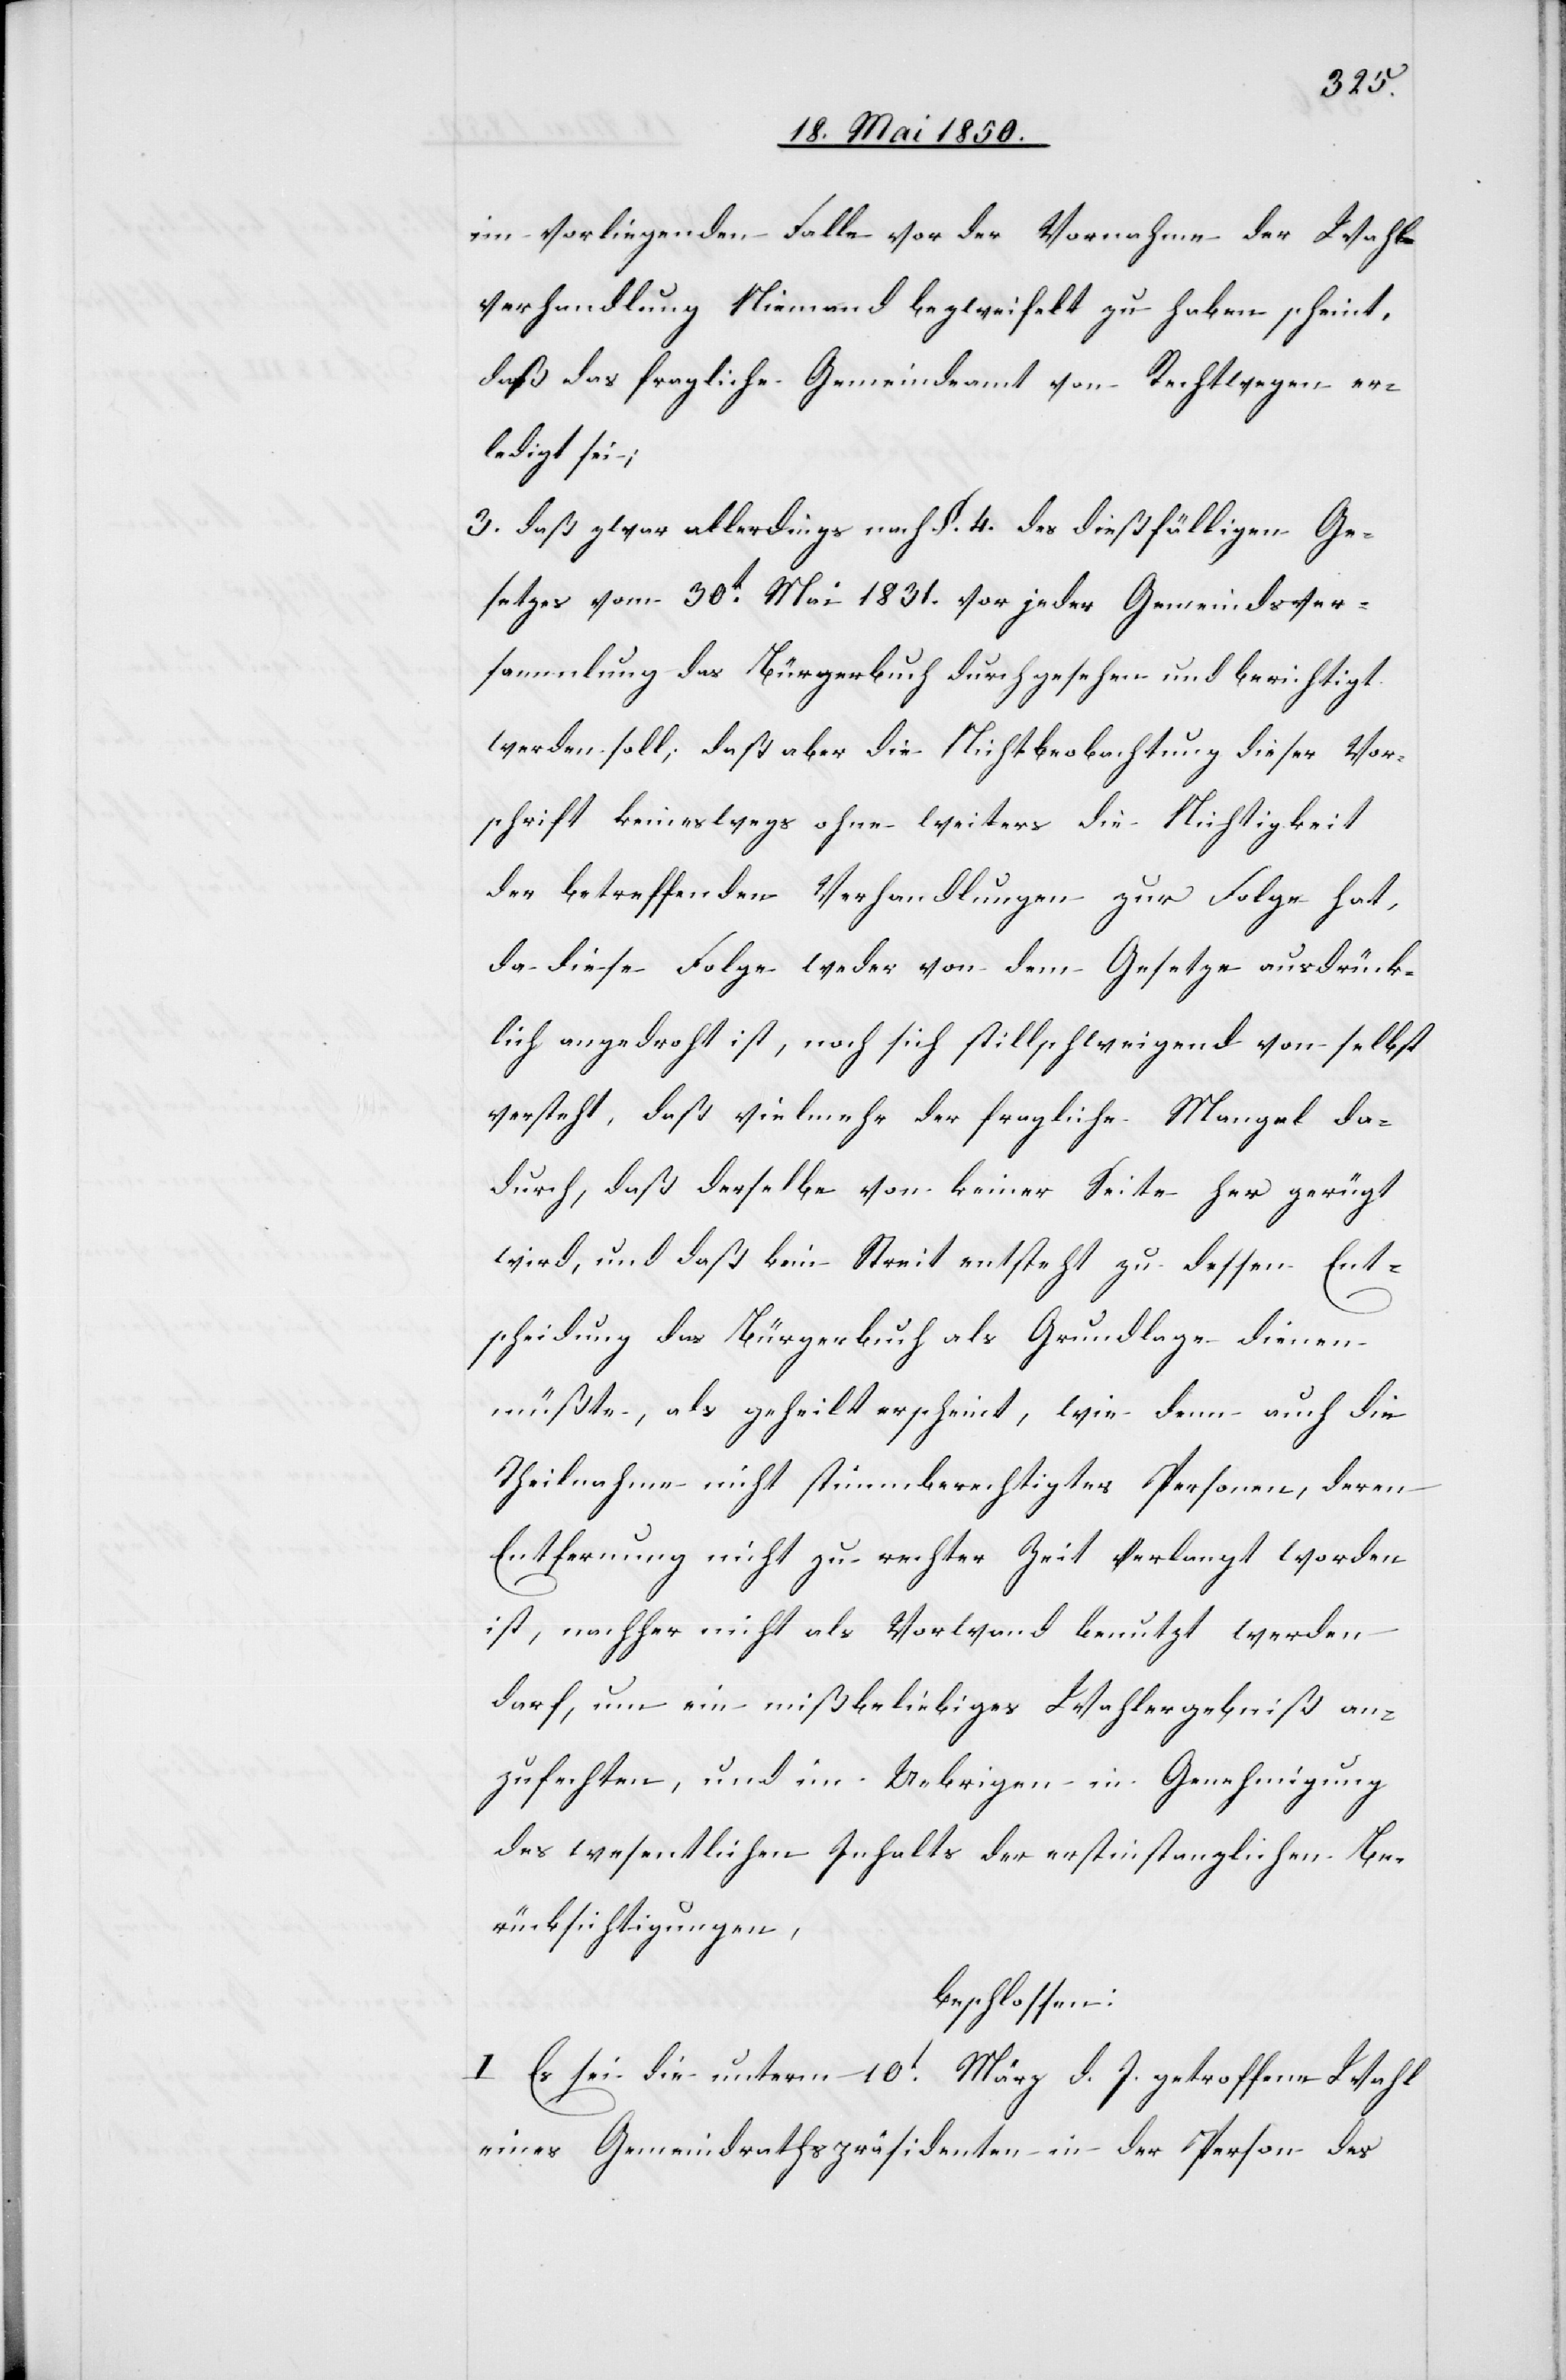
im vorliegenden Falle vor der Vornahme der Wahl¬
verhandlung Niemand bezweifelt zu haben scheint,
daß das fragliche Gemeindeamt von Rechtwegen er¬
ledigt sei;
3. daß zwar allerdings nach §. 4. des dießfälligen Ge¬
setzes vom 30t Mai 1831. vor jeder Gemeindsver¬
sammlung das Bürgerbuch durchgesehen und berichtigt
werden soll, daß aber die Nichtbeobachtung dieser Vor¬
schrift keineswegs ohne weiters die Nichtigkeit
der betreffenden Verhandlungen zur Folge hat,
da diese Folge weder von dem Gesetze ausdrück¬
lich angedroht ist, noch sich stillschweigend von selbst
versteht, daß vielmehr der fragliche Mangel da¬
durch, daß derselbe von keiner Seite her gerügt
wird, und daß kein Streit entsteht zu dessen Ent¬
scheidung das Bürgerbuch als Grundlage dienen
müßte, als geheilt erscheint, wie denn auch die
Theilnahme nicht stimmberechtigter Personen, deren
Entfernung nicht zu rechter Zeit verlangt worden
ist, nachher nicht als Vorwand benutzt werden
darf, um ein mißbeliebiges Wahlergebniß an¬
zufechten, und im Uebrigen in Genehmigung
des wesentlichen Inhalts der erstinstanzlichen Be¬
rücksichtigungen,
beschlossen:
I Es sei die unterm 10t März d. J. getroffene Wahl
eines Gemeindrathspräsidenten in der Person des